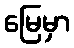
မြေမှာ